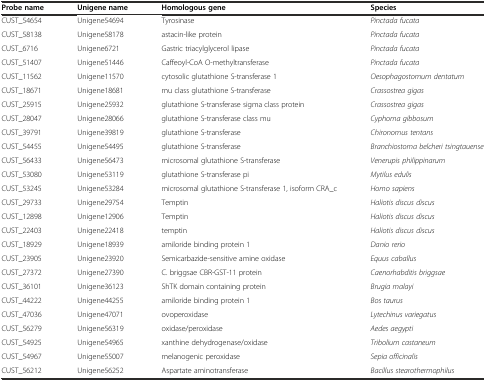
<table><thead><tr><td><b>Probe name</b></td><td><b>Unigene name</b></td><td><b>Homologous gene</b></td><td><b>Species</b></td></tr></thead><tbody><tr><td>CUST_54654</td><td>Unigene54694</td><td>Tyrosinase</td><td><i>Pinctada fucata</i></td></tr><tr><td>CUST_58138</td><td>Unigene58178</td><td>astacin-like protein</td><td><i>Pinctada fucata</i></td></tr><tr><td>CUST_6716</td><td>Unigene6721</td><td>Gastric triacylglycerol lipase</td><td><i>Pinctada fucata</i></td></tr><tr><td>CUST_51407</td><td>Unigene51446</td><td>Caffeoyl-CoA O-methyltransferase</td><td><i>Pinctada fucata</i></td></tr><tr><td>CUST_11562</td><td>Unigene11570</td><td>cytosolic glutathione S-transferase 1</td><td><i>Oesophagostomum dentatum</i></td></tr><tr><td>CUST_18671</td><td>Unigene18681</td><td>mu class glutathione S-transferase</td><td><i>Crassostrea gigas</i></td></tr><tr><td>CUST_25915</td><td>Unigene25932</td><td>glutathione S-transferase sigma class protein</td><td><i>Crassostrea gigas</i></td></tr><tr><td>CUST_28047</td><td>Unigene28066</td><td>glutathione S-transferase class mu</td><td><i>Cyphoma gibbosum</i></td></tr><tr><td>CUST_39791</td><td>Unigene39819</td><td>glutathione S-transferase</td><td><i>Chironomus tentans</i></td></tr><tr><td>CUST_54455</td><td>Unigene54495</td><td>glutathione S-transferase</td><td><i>Branchiostoma belcheri tsingtauense</i></td></tr><tr><td>CUST_56433</td><td>Unigene56473</td><td>microsomal glutathione S-transferase</td><td><i>Venerupis philippinarum</i></td></tr><tr><td>CUST_53080</td><td>Unigene53119</td><td>glutathione S-transferase pi</td><td><i>Mytilus edulis</i></td></tr><tr><td>CUST_53245</td><td>Unigene53284</td><td>microsomal glutathione S-transferase 1, isoform CRA_c</td><td><i>Homo sapiens</i></td></tr><tr><td>CUST_29733</td><td>Unigene29754</td><td>Temptin</td><td><i>Haliotis discus discus</i></td></tr><tr><td>CUST_12898</td><td>Unigene12906</td><td>Temptin</td><td><i>Haliotis discus discus</i></td></tr><tr><td>CUST_22403</td><td>Unigene22418</td><td>temptin</td><td><i>Haliotis discus discus</i></td></tr><tr><td>CUST_18929</td><td>Unigene18939</td><td>amiloride binding protein 1</td><td><i>Danio rerio</i></td></tr><tr><td>CUST_23905</td><td>Unigene23920</td><td>Semicarbazide-sensitive amine oxidase</td><td><i>Equus caballus</i></td></tr><tr><td>CUST_27372</td><td>Unigene27390</td><td>C. briggsae CBR-GST-11 protein</td><td><i>Caenorhabditis briggsae</i></td></tr><tr><td>CUST_36101</td><td>Unigene36123</td><td>ShTK domain containing protein</td><td><i>Brugia malayi</i></td></tr><tr><td>CUST_44222</td><td>Unigene44255</td><td>amiloride binding protein 1</td><td><i>Bos taurus</i></td></tr><tr><td>CUST_47036</td><td>Unigene47071</td><td>ovoperoxidase</td><td><i>Lytechinus variegatus</i></td></tr><tr><td>CUST_56279</td><td>Unigene56319</td><td>oxidase/peroxidase</td><td><i>Aedes aegypti</i></td></tr><tr><td>CUST_54925</td><td>Unigene54965</td><td>xanthine dehydrogenase/oxidase</td><td><i>Tribolium castaneum</i></td></tr><tr><td>CUST_54967</td><td>Unigene55007</td><td>melanogenic peroxidase</td><td><i>Sepia officinalis</i></td></tr><tr><td>CUST_56212</td><td>Unigene56252</td><td>Aspartate aminotransferase</td><td><i>Bacillus stearothermophilus</i></td></tr></tbody></table>